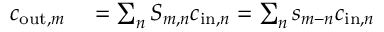
\begin{array} { r l } { c _ { \mathrm { o u t } , m } } & { { } = \sum _ { n } S _ { m , n } c _ { \mathrm { i n } , n } = \sum _ { n } { s _ { m - n } c _ { \mathrm { i n } , n } } } \end{array}